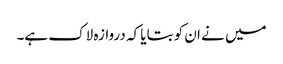
میں نے ان کو بتایا کہ دروازہ لاک ہے۔